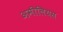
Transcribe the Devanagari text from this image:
अमीलियस